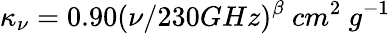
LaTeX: \kappa_{\nu}=0.90(\nu/230GHz)^{\beta}\ cm^{2}\ g^{-1}